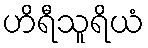
ဟိရီသူရိယံ